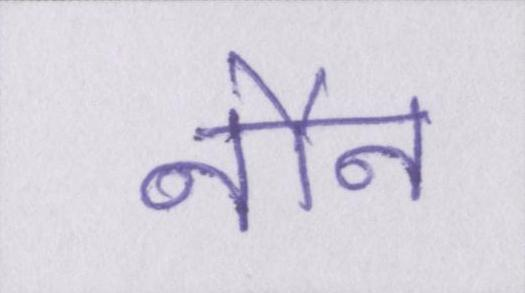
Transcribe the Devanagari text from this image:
नौन